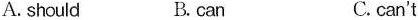
A. should B.can C.can't